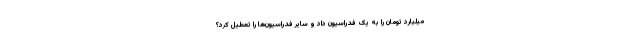
میلیارد تومان را به یک فدراسیون داد و سایر فدراسیون‌ها را تعطیل کرد؟